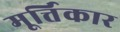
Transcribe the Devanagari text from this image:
मूर्त्तिकार